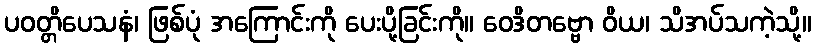
ပဝတ္တိပေသနံ၊ ဖြစ်ပုံ အကြောင်းကို ပေးပို့ခြင်းကို။ ဝေဒိတဗ္ဗော ဝိယ၊ သိအပ်သကဲ့သို့။